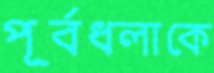
পূর্বধলাকে